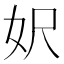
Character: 𡛄